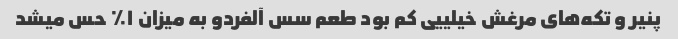
پنیر و تکه‌های مرغش خیلییی کم بود طعم سس آلفردو به میزان ۱٪ حس میشد